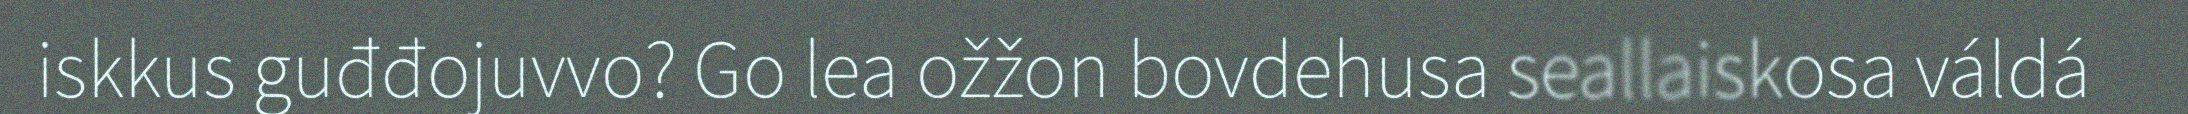
iskkus guđđojuvvo? Go lea ožžon bovdehusa seallaiskosa váldá